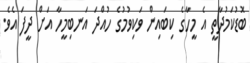
ބޮޑުކަމުދާތީ އެ މީހާގެ ކިބައިން ވަކިވުމުގެ ހުއްދަ އަނބިމީހާ އަށް ދީފަ އެވެ.